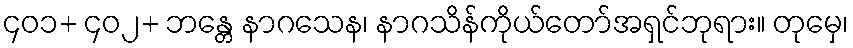
၄၀၁+ ၄၀၂+ ဘန္တေ နာဂသေန၊ နာဂသိန်ကိုယ်တော်အရှင်ဘုရား။ တုမှေ၊